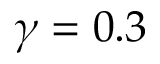
\gamma = 0 . 3